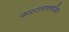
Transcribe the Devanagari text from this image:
फास्टलावनस्रिस